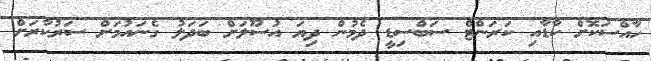
ހާއްސަކޮށް ކާޑާއި ކަރަންޓް ސަބްސިޑީ ދެމުން ދިޔަ އުސޫލަށް ބަދަލު ގެނައުމަށް ސަރުކާރަށް